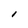
Character: I